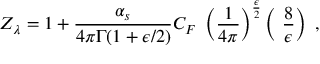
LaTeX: Z _ { { \lambda } } = 1 + \frac { \alpha _ { s } } { 4 \pi \Gamma ( 1 + \epsilon / 2 ) } C _ { F } ~ \left( { \frac { 1 } { 4 \pi } } \right) ^ { { \frac { \epsilon } { 2 } } } \left( ~ \frac { 8 } { \epsilon } \right) \ ,